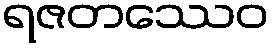
ရဇတဿေဝ